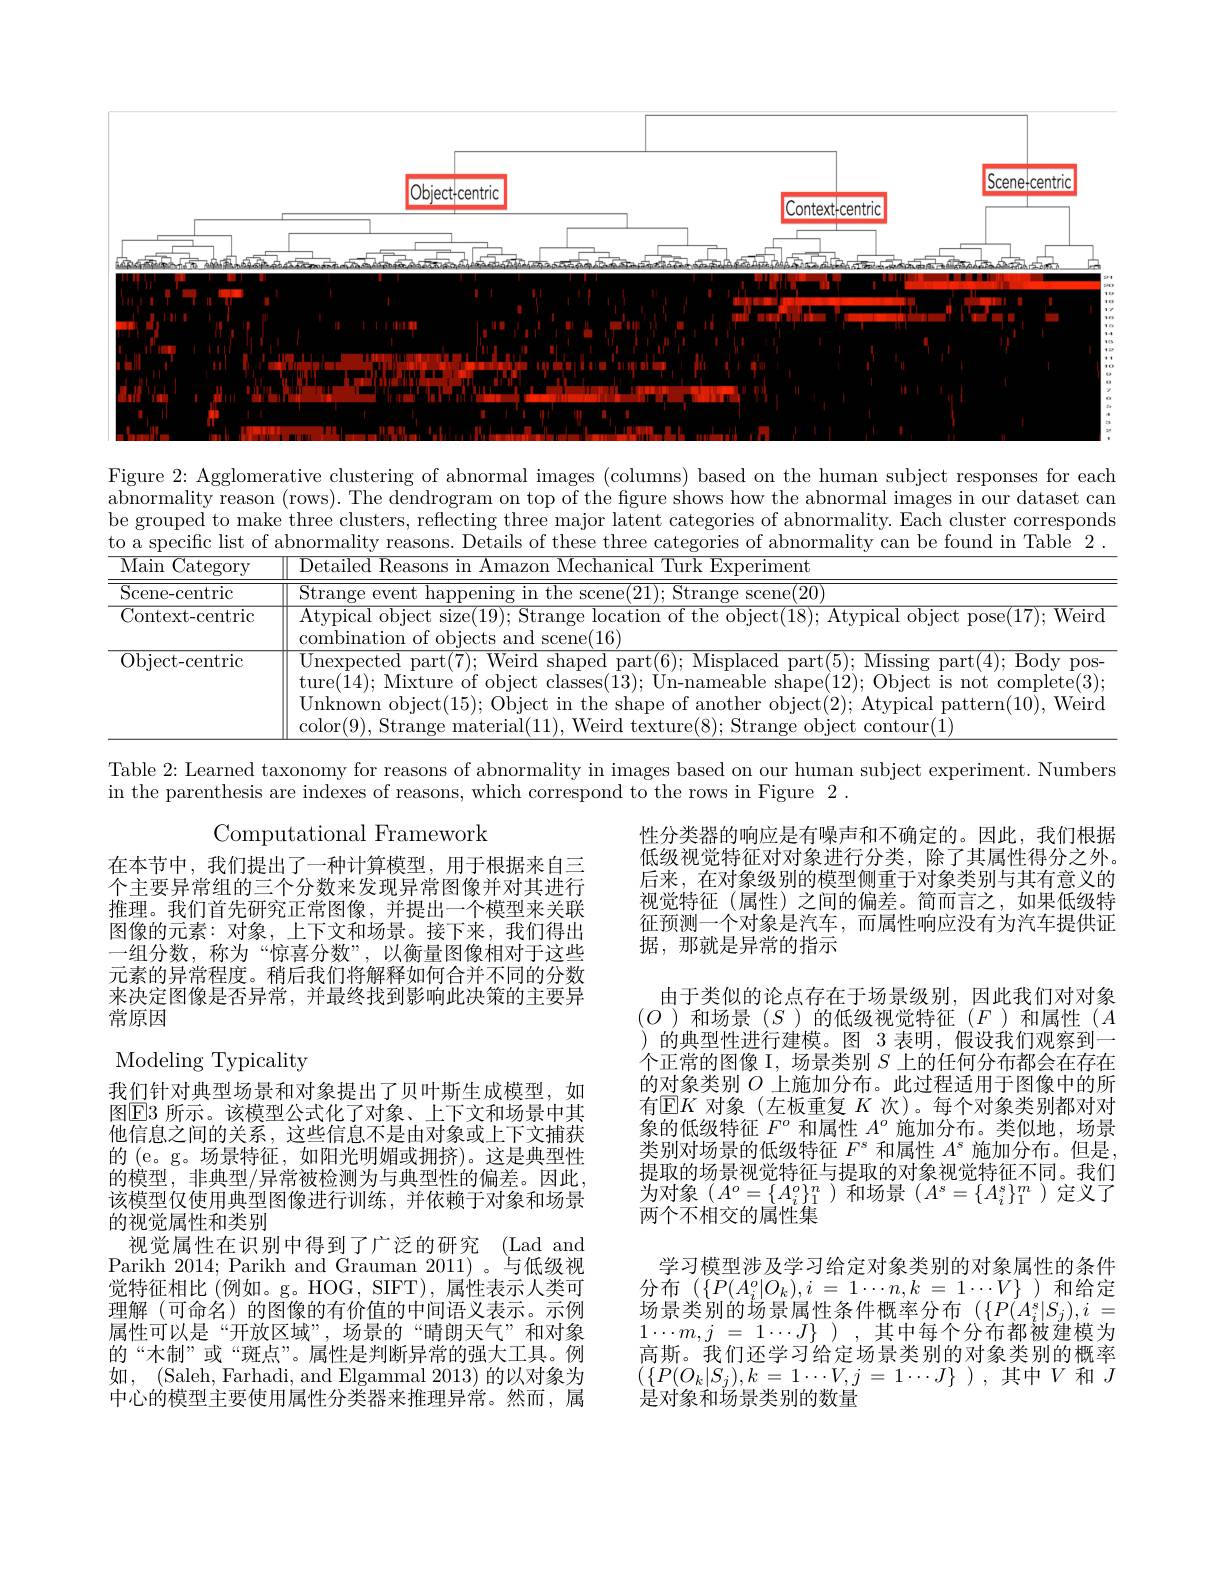
<FigureHere>

<table>
	<tbody>
		<tr>
			<td>Figure 2: Agglomen abnormality reason be grouped to mako to a specific list of</td>
			<td>rative clustering of abnormal images (columns) based on the human subject responses for each (rows). The dendrogram on top of the figure shows how the abnormal images in our dataset can e three clusters, reflecting three major latent categories of abnormality. Each cluster corresponds abnormality reasons. Details of these three categories of abnormality can be found in Table 2.</td>
		</tr>
		<tr>
			<td>Figure 2{:} Agglomer abnormality r reason</td>
			<td>rative clustering of a abnormal $\operatorname{images}$ based 0n the human subject ${\mathrm{responses~for~each}}$ The dendrogra mal lmages $\lim_{n\to\infty}\frac{1}{2}$ Our :dataset can</td>
		</tr>
		<tr>
			<td>be grouped to mak to a specific list of</td>
			<td>e three clusters, reflecting three major latent categories f abnormality. Each cluster r corresponds abnormality Details these three $\operatorname{categorles}$ 0t ${\mathrm{i~abnormality}}$ can be ${\mathrm{found}}$ $\ln$ Table 2</td>
		</tr>
		<tr>
			<td>Main $\operatorname{Category}$</td>
			<td>Detailed Reasons in Amazon Mechanical Turk Experiment</td>
		</tr>
		<tr>
			<td>Scene-centric</td>
			<td>Stranoe event Sronol'li Stranoe scene("))</td>
		</tr>
		<tr>
			<td>Context-centric</td>
			<td>Atypical object size(19);Strange location of the object(18); Atypical object pose(17);Weird combination o of obiects s and scene( 16) </td>
		</tr>
		<tr>
			<td>Object- centric</td>
			<td>$\overline{\text{Unexpected part}(7);\text{ Weird shaped part}(6);\text{ Misplaced part}(5);\text{ Missing part}(4);\text{ Body pos-}}$ ture(14); Mixture of object classes(13); Un-nameable shape(12); Object is not complete(3); Unknown object(15); Object in the shape of another object(2); Atypical pattern(10), Weird $co|or(9)$ Str :(8): obiec antour|</td>
		</tr>
	</tbody>
</table>

Table 2: Learned taxonomy for reasons of abnormality in images based on our human subject experiment. Numbers
in the parenthesis are indexes of reasons, which correspond to the rows in Figure 2.

Computational Framework

性分类器的响应是有噪声和不确定的。因此，我们根据低级视觉特征对对象进行分类，除了其属性得分之外。后来，在对象级别的模型侧重于对象类别与其有意义的视觉特征(属性)之间的偏差。简而言之，如果低级特征预测一个对象是汽车，而属性响应没有为汽车提供证据，那就是异常的指示

在本节中，我们提出了一种计算模型，用于根据来自三个主要异常组的三个分数来发现异常图像并对其进行推理。我们首先研究正常图像，并提出一个模型来关联图像的元素：对象，上下文和场景。接下来，我们得出一组分数，称为“惊喜分数”,以衡量图像相对于这些元素的异常程度。稍后我们将解释如何合并不同的分数来决定图像是否异常，并最终找到影响此决策的主要异常原因

由于类似的论点存在于场景级别，因此我们对对象$(O$ )和场景$(S$ )的低级视觉特征$(F$ )和属性$(A$ )的典型性进行建模。图 3 表明，假设我们观察到一个正常的图像 I, 场景类别$S$上的任何分布都会在存在的对象类别$O$上施加分布。此过程适用于图像中的所有$\operatorname{E}K$对象(左板重复$K$次)。每个对象类别都对对象的低级特征$F^o$和属性$A^o$施加分布。类似地，场景类别对场景的低级特征$F^\mathrm{s}$和属性$A^\mathrm{s}$施加分布。但是， 提取的场景视觉特征与提取的对象视觉特征不同。我们为对象$\left(A^o=\{A_i^o\}_1^n\right)$和场景$\left(A^s=\{A_i^s\}_1^m\right)$定义了两个不相交的属性集
学习模型涉及学习给定对象类别的对象属性的条件分布$(\{P(A_{i}^{o}|O_{k}),i=1\cdots n,k=1\cdots V\}$)和给定场景类别的场景属性条件概率分布($\{P(A_i^s|S_j),i=$ $1\cdots m, j$ = $1\cdots J\}$ ) , 其中每个分布都被建模为高斯。我们还学习给定场景类别的对象类别的概率$( \{ P( O_{k}| S_{j}) , k= 1\cdots V, j= 1\cdots J\}$ ) ,其中$V$和$J$ 是对象和场景类别的数量

Modeling Typicality
我们针对典型场景和对象提出了贝叶斯生成模型，如图$\overline{\mathrm{E}}$3 所示。该模型公式化了对象、上下文和场景中其他信息之间的关系，这些信息不是由对象或上下文捕获的 (e。g。场景特征，如阳光明媚或拥挤)。这是典型性的模型，非典型/异常被检测为与典型性的偏差。因此， 该模型仅使用典型图像进行训练，并依赖于对象和场景的视觉属性和类别
视觉属性在识别中得到了广泛的研究(Lad and Parikh 2014; Parikh and Grauman 2011) 。与低级视觉特征相比(例如。g。HOG, SIFT),属性表示人类可理解(可命名)的图像的有价值的中间语义表示。示例属性可以是“开放区域”,场景的“晴朗天气”和对象的“木制”或“斑点”。属性是判断异常的强大工具。例如，(Saleh,Farhadi,andElgammal 2013) 的以对象为中心的模型主要使用属性分类器来推理异常。然而，属